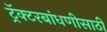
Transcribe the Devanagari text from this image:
ट्रॅक्टरबांधणीसाठी